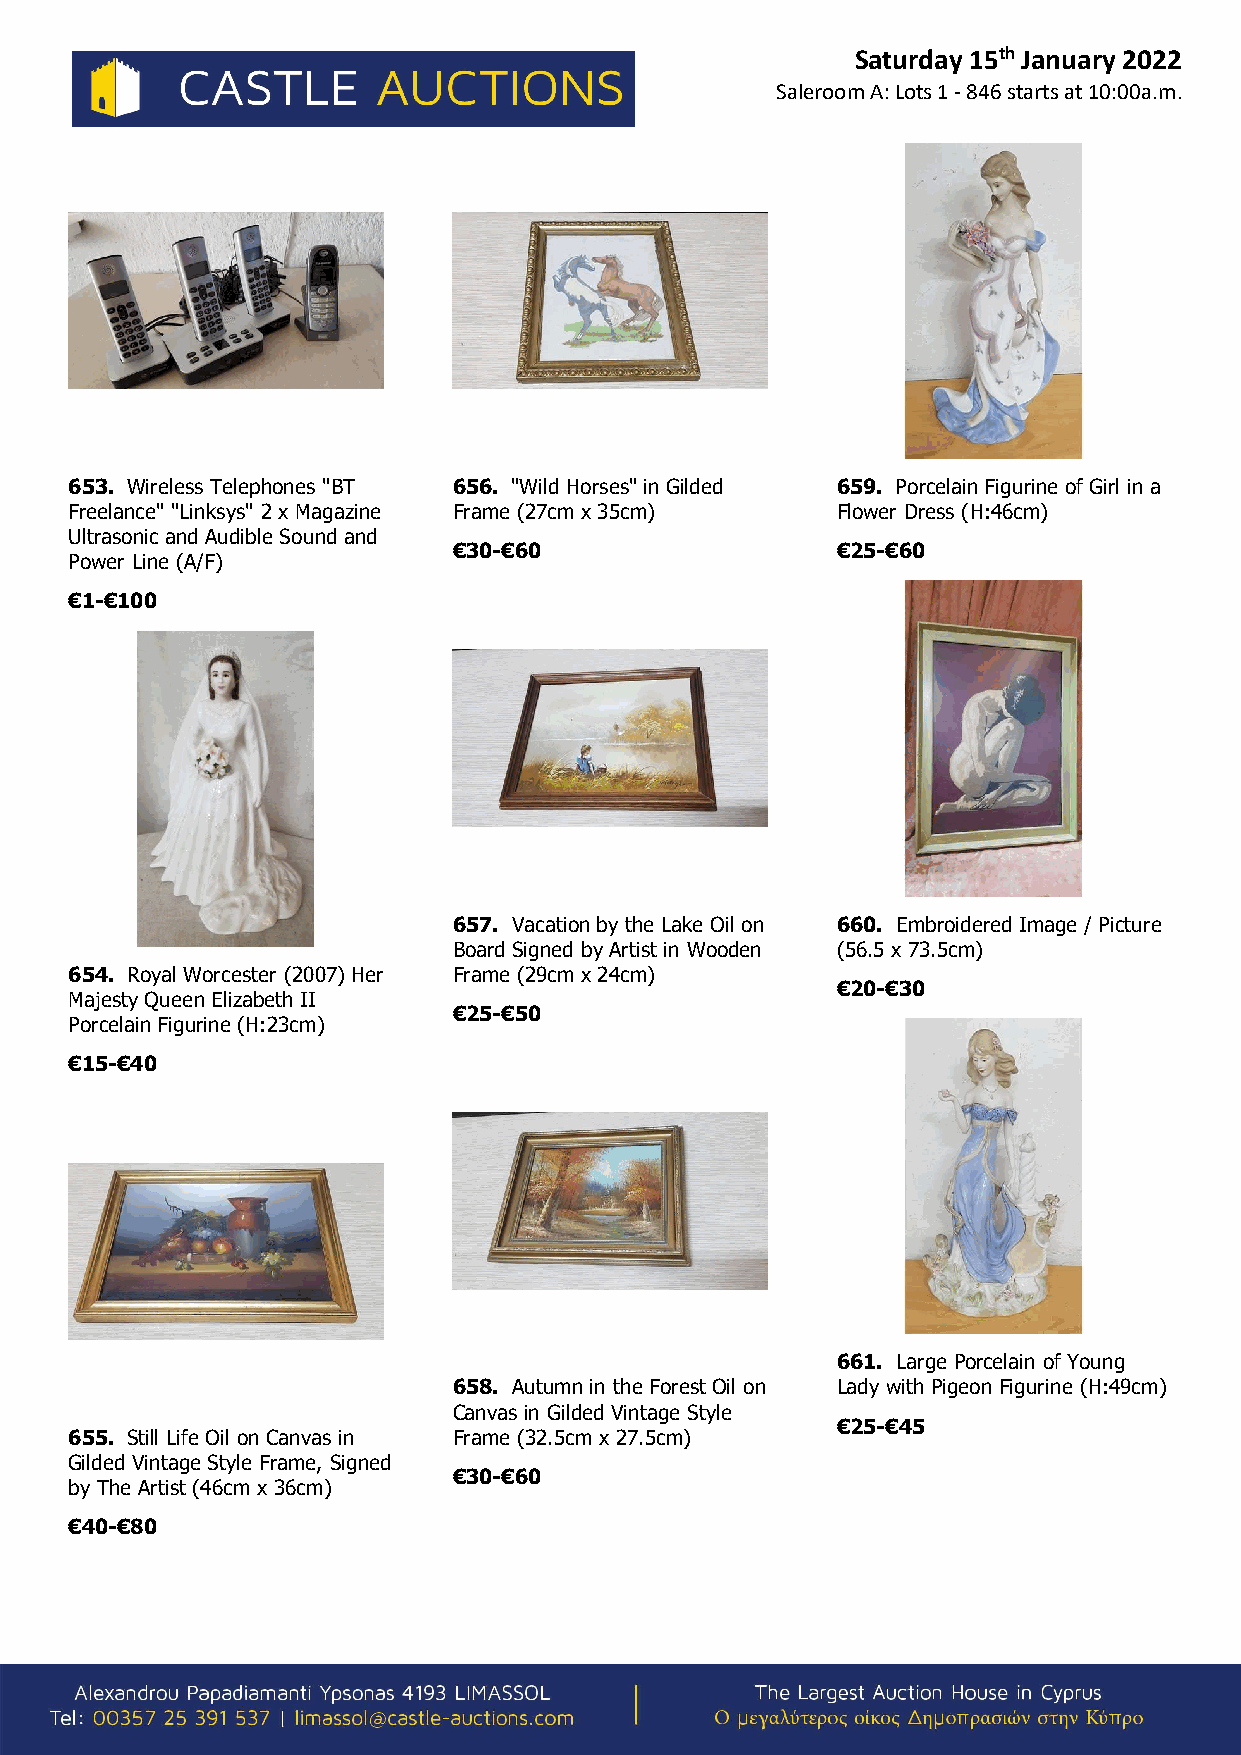
Saturday 15th January 2022
 Saleroom A: Lots 1 - 846 starts at 10:00a.m.
 653. Wireless Telephones "BT 656. "Wild Horses" in Gilded 659. Porcelain Figurine of Girl in a
 Freelance" "Linksys" 2 x Magazine Frame (27cm x 35cm) Flower Dress (H:46cm)
 Ultrasonic and Audible Sound and
 €30-€60                  €25-€60
 Power Line (A/F)
 €1-€100
 657. Vacation by the Lake Oil on 660. Embroidered Image / Picture
 Board Signed by Artist in Wooden (56.5 x 73.5cm)
 654. Royal Worcester (2007) Her Frame (29cm x 24cm)
 €20-€30
 Majesty Queen Elizabeth II
 €25-€50
 Porcelain Figurine (H:23cm)
 €15-€40
 661. Large Porcelain of Young
 658. Autumn in the Forest Oil on Lady with Pigeon Figurine (H:49cm)
 Canvas in Gilded Vintage Style
 €25-€45
 655. Still Life Oil on Canvas in Frame (32.5cm x 27.5cm)
 Gilded Vintage Style Frame, Signed
 €30-€60
 by The Artist (46cm x 36cm)
 €40-€80